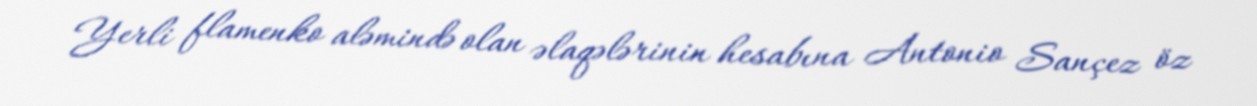
Yerli flamenko aləmində olan əlaqələrinin hesabına Antonio Sançez öz